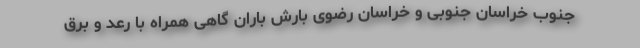
جنوب خراسان جنوبی و خراسان رضوی بارش باران گاهی همراه با رعد و برق